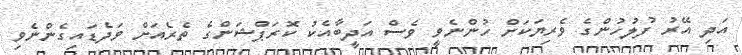
އަދި އޭރު ފުލުހުންގެ ވެރިޔަކަށް ހުންނެވީ ވެސް އަދީބާއެކު ކޮރަޕްޝަންގެ ތެރެއަށް ވަދެޑައިގެންނެވި